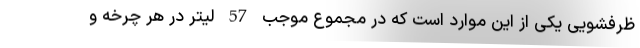
ظرفشویی یکی از این موارد است که در مجموع موجب 57 لیتر در هر چرخه و